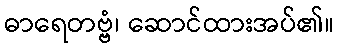
ဓာရေတဗ္ဗံ၊ ဆောင်ထားအပ်၏။